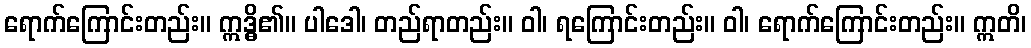
ရောက်ကြောင်းတည်း။ ဣဒ္ဓိ၏။ ပါဒေါ၊ တည်ရာတည်း။ ဝါ၊ ရကြောင်းတည်း။ ဝါ၊ ရောက်ကြောင်းတည်း။ ဣတိ၊